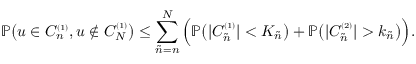
\mathbb { P } \big ( u \in C _ { n } ^ { \scriptscriptstyle ( 1 ) } , u \notin C _ { N } ^ { \scriptscriptstyle ( 1 ) } \big ) \le \sum _ { \tilde { n } = n } ^ { N } \Big ( \mathbb { P } \big ( | C _ { \tilde { n } } ^ { \scriptscriptstyle ( 1 ) } | < K _ { \tilde { n } } \big ) + \mathbb { P } \big ( | C _ { \tilde { n } } ^ { \scriptscriptstyle ( 2 ) } | > k _ { \tilde { n } } \big ) \Big ) .